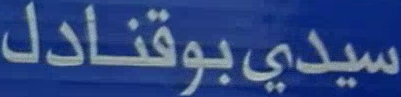
سيدي-بوقنادل